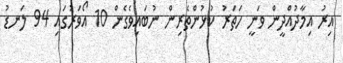
އިރު އިމާދުއްދީން ވަނީ ހަތަރު ކުޅުންތެރިން ނުބައިވެގެން 10 އޯވަރުގައި 94 ލަނޑު